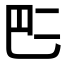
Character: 𠄧